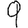
Digit: 9